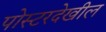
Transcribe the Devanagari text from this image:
पोस्टरदेखील